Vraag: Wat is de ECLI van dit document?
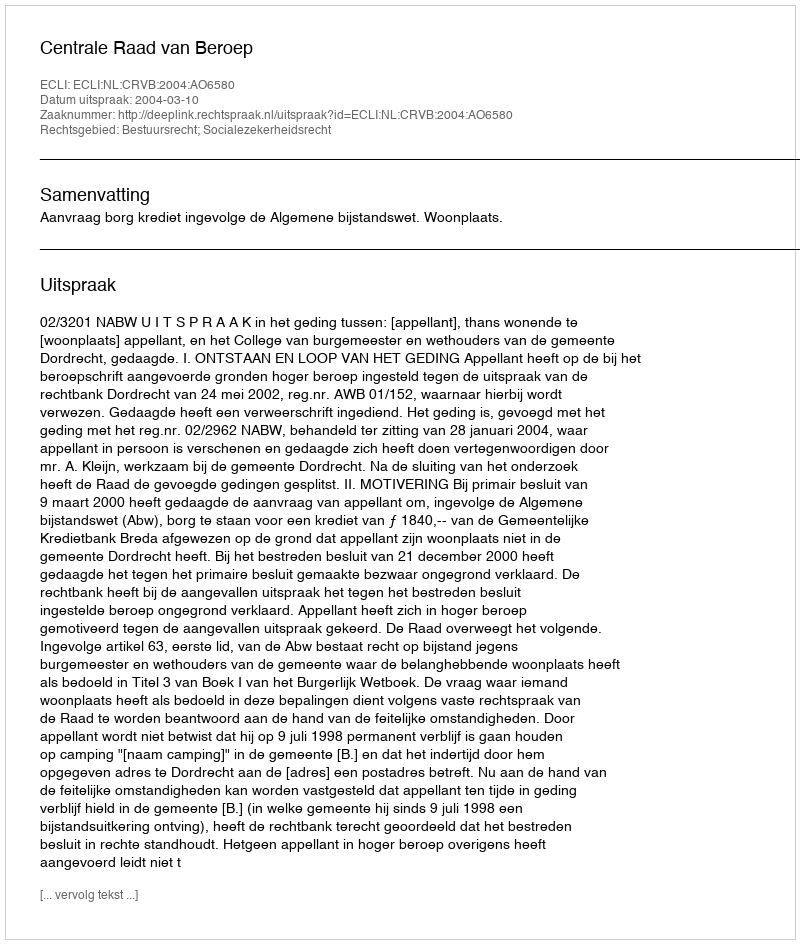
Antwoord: ECLI:NL:CRVB:2004:AO6580